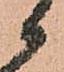
候